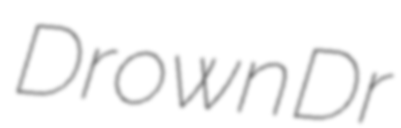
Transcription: Drown Dr